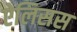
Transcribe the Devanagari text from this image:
ऐलिसस